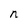
Character: n